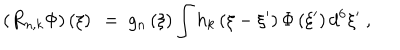
\left( R _ { n , k } \Phi \right) \left( \xi \right) \ = \ g _ { n } \left( \xi \right) \int h _ { k } \left( \xi - \xi ^ { \prime } \right) \Phi \left( \xi ^ { \prime } \right) d ^ { 6 } \xi ^ { \prime } \ ,